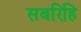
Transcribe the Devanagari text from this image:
सबरिहि